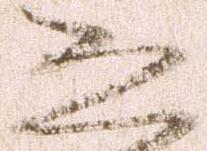
恐